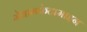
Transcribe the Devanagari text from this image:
मेथामफेटामाइन